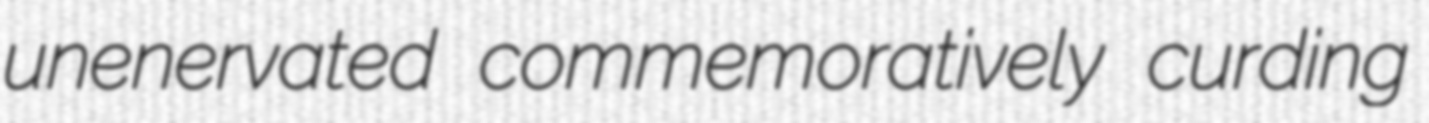
unenervated commemoratively curding